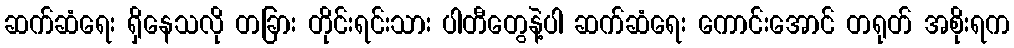
ဆက်ဆံရေး ရှိနေသလို တခြား တိုင်းရင်းသား ပါတီတွေနဲ့ပါ ဆက်ဆံရေး ကောင်းအောင် တရုတ် အစိုးရက